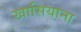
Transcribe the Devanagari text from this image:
खासियाना